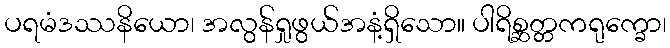
ပရမံဒဿနိယော၊ အလွန်ရှုဖွယ်အနံ့ရှိသော။ ပါရိစ္ဆတ္တကရုက္ခော၊